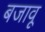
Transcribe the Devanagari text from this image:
बजावू